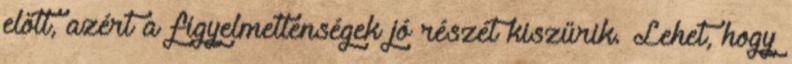
előtt, azért a figyelmetlenségek jó részét kiszűrik. Lehet, hogy